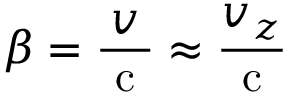
\beta = \frac { v } { \mathrm { ~ c ~ } } \approx \frac { v _ { z } } { \mathrm { ~ c ~ } }